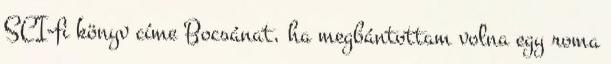
SCI-fi könyv címe Bocsánat, ha megbántottam volna egy roma